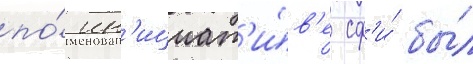
по́ ин'ициат'и́в'е сф'и́ бы́л